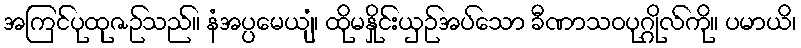
အကြင်ပုထုဇဉ်သည်။ နံအပ္ပမေယျံ၊ ထိုမနှိုင်းယှဉ်အပ်သော ခီဏာသဝပုဂ္ဂိုလ်ကို။ ပမာယိ၊